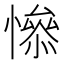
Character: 𢡖